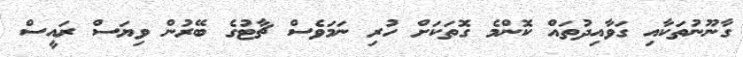
ގާނޫނުތަކާއި ގަވާއިދުތައް ކޮންމެ ގޮތަކަށް ހުރި ނަމަވެސް ޗާޓުގެ ބޭރުން ވިޔަސް ރައީސް